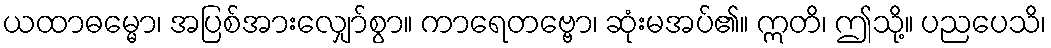
ယထာဓမ္မော၊ အပြစ်အားလျှော်စွာ။ ကာရေတဗ္ဗော၊ ဆုံးမအပ်၏။ ဣတိ၊ ဤသို့။ ပညပေသိ၊